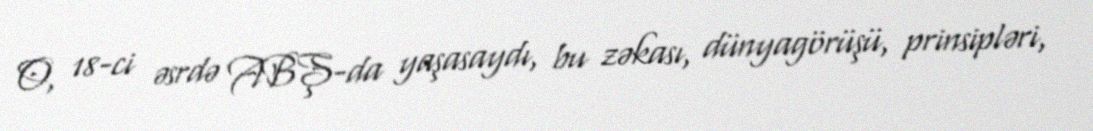
O, 18-ci əsrdə ABŞ-da yaşasaydı, bu zəkası, dünyagörüşü, prinsipləri,